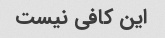
این کافی نیست